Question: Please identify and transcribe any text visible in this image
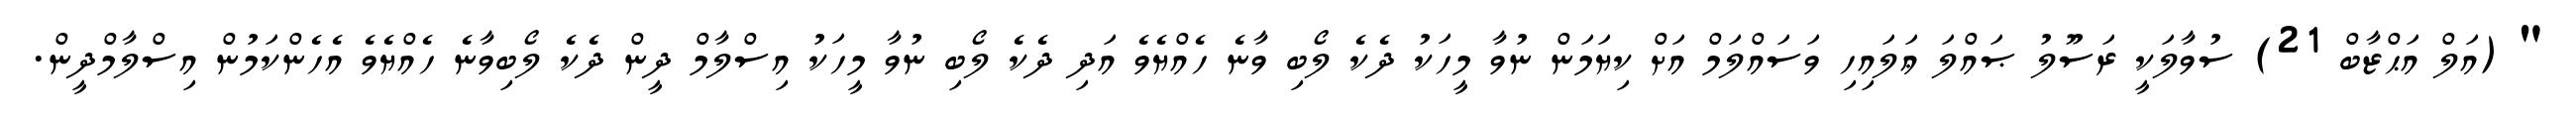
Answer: " (އަލް އަޙްޒާބް 21) ސުވާލަކީ ރަސޫލު ޞައްލަ ޢަލައިހި ވަސައްލަމް އަށް ކިޔަމަން ނުވާ މީހަކު ދެކެ ލޯބި ވާނެ ހެއްޔެވެ އަދި ދެކެ ލޯބި ނުވާ މީހަކު އިސްލާމް ދީން ދެކެ ލޯބިވާނެ ހެއްޔެވެ އެހެންކަމުން އިސްލާމްދީން.